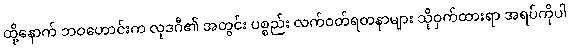
ထို့နောက် ဘဝဟောင်းက လုဒဂီ၏ အတွင်း ပစ္စည်း လက်ဝတ်ရတနာများ သိုဝှက်ထားရာ အရပ်ကိုပါ